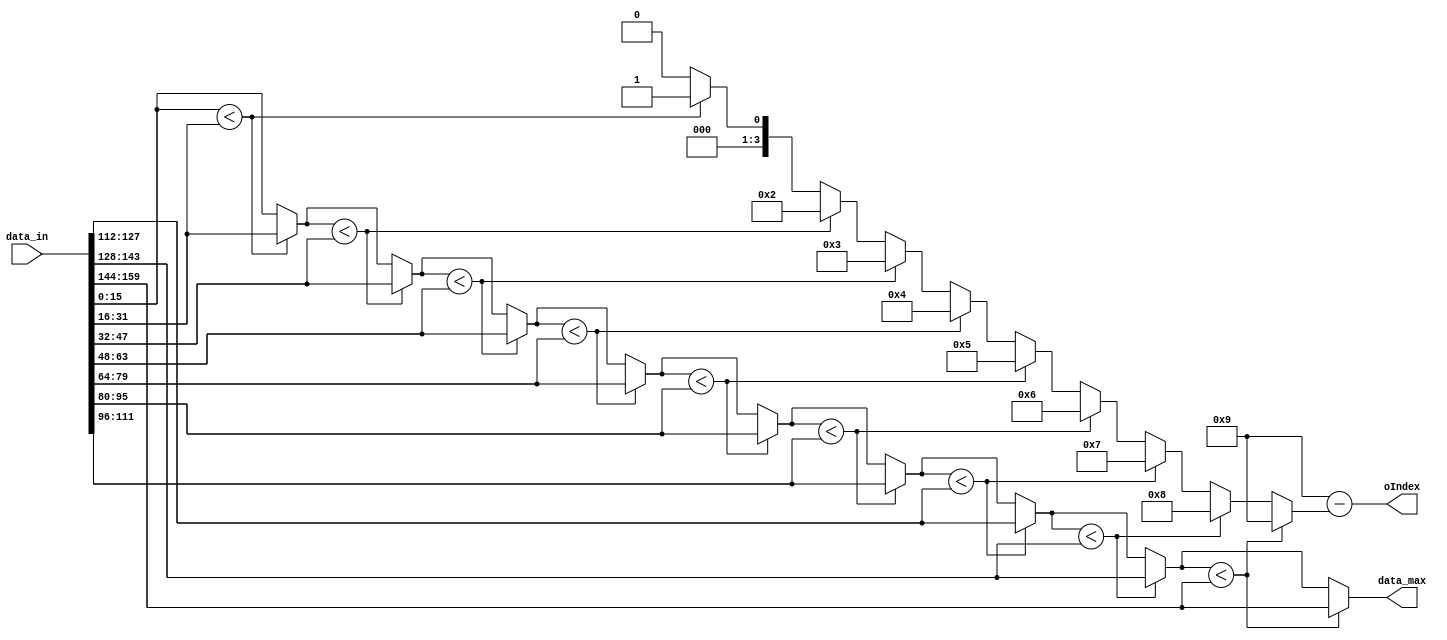
module max_in_10(
    input wire [10 * 16 - 1:0] data_in,

    output reg signed [(16 - 1):0] data_max,
    output [3:0] oIndex
);

    reg [3:0] cnt;
    reg [3:0] index;
    reg signed [16 - 1:0] cmp_num1;
    assign oIndex = 9 - index;
    always @ (*) begin
        data_max = data_in[(16 - 1):0];
        index = 0;

        for (cnt = 1; cnt < 10; cnt = cnt + 1) begin
            cmp_num1 = data_in[16 * cnt + 16 - 1 -: 16];
            if (data_max < cmp_num1) begin
                data_max = cmp_num1;
                index = cnt;
            end
        end
    end
endmodule